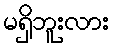
မရှိဘူးလား